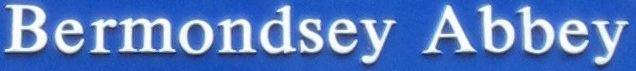
Bermondsey Abbey